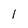
Character: I